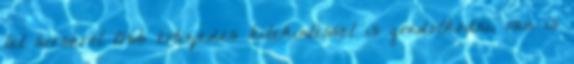
let sorsáról több évtizedes kitekintéssel is gondolkodni, van is